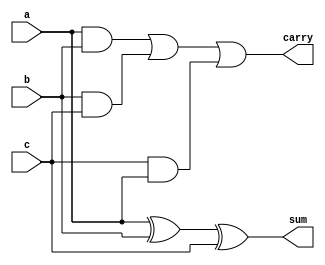
`timescale 1ns / 1ps
//////////////////////////////////////////////////////////////////////////////////
// Company: 
// Engineer: 
// 
// Design Name: 
// Module Name:    Full_adder 
// Project Name: 
// Target Devices: 
// Tool versions: 
// Description: 
//
// Dependencies: 
//
// Revision: 
// Revision 0.01 - File Created
// Additional Comments: 
//
//////////////////////////////////////////////////////////////////////////////////
module Full_adder(a,b,c,sum,carry);
input a,b,c;
output sum,carry;

assign sum=a^b^c;
assign carry=(a&b)|(b&c)|(c&a);

endmodule